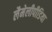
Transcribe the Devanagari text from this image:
लैमेलीपीडिया